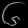
Digit: ၆